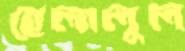
হেলালুল